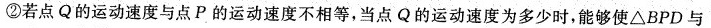
②若点Q的运动速度与点P的运动速度不相等，当点Q的运动速度为多少时，能够使△BPD与